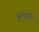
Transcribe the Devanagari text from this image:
मुण्डाते